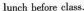
lunch before class.